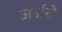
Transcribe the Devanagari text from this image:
जर्जरी